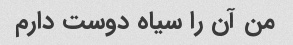
من آن را سیاه دوست دارم